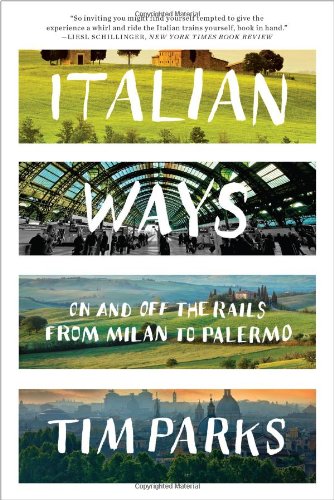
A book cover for Italian Ways: On and Off the Rails from Milan to Palermo; Tim Parks; Travel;